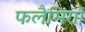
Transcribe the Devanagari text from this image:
फलैमिंगो